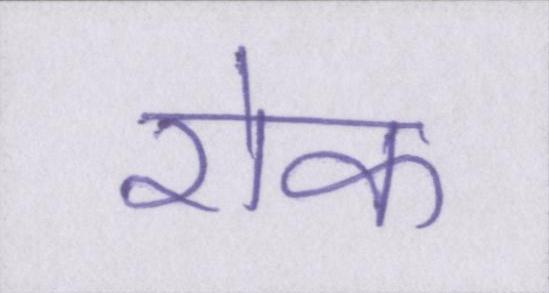
रॊक